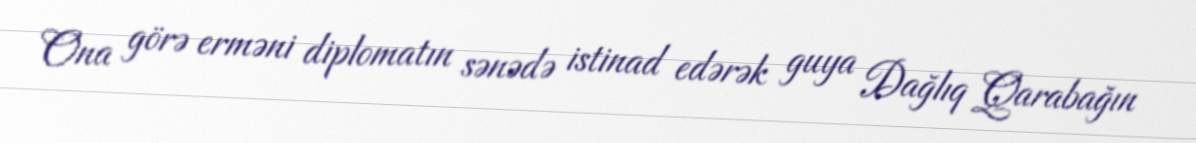
Ona görə erməni diplomatın sənədə istinad edərək guya Dağlıq Qarabağın